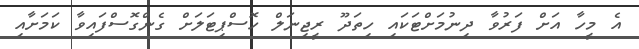
އެ މީހާ އަށް ފަރުވާ ދިނުމަށްޓަކައި ހިތަދޫ ރީޖިނަލް ހޮސްޕިޓަލަށް ގެންގޮސްފައިވާ ކަމަށާއި